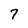
Character: 7